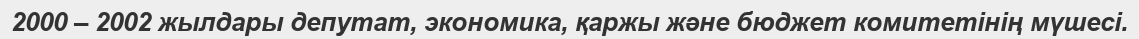
2000 – 2002 жылдары депутат, экономика, қаржы және бюджет комитетінің мүшесі.